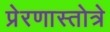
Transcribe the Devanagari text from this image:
प्रेरणास्तोत्रे